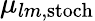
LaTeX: \mu_{lm,\mathrm{stoch}}